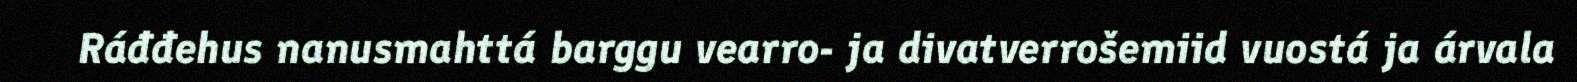
Ráđđehus nanusmahttá barggu vearro- ja divatverrošemiid vuostá ja árvala